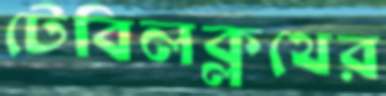
টেবিলক্লথের